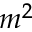
m ^ { 2 }